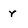
Character: r